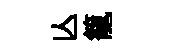
亾籠